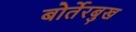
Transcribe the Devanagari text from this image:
बोर्तेरबुख